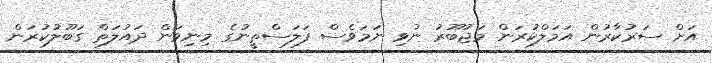
އަށް ސަރުކާރުން އަމަލްކުރަން މަޖުބޫރު ނުވި ނަމަވެސް ފަލަސްތީނުގެ މިނިވަން ދައުލަތް ގަބޫލުކުރަން